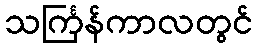
သင်္ကြန်ကာလတွင်